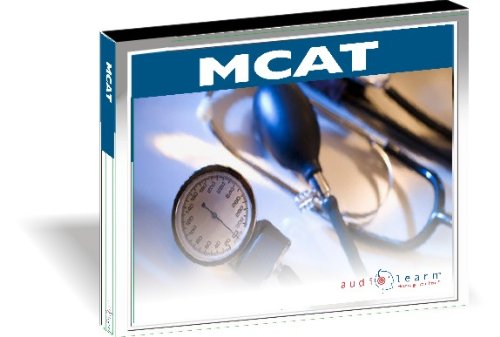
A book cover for AudioLearn: MCAT (Biology, Chemistry, Organic Chemistry, Physics)- 4th Edition; Shahrad Yazdani; Test Preparation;